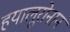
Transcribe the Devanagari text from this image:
हयालूरोनान